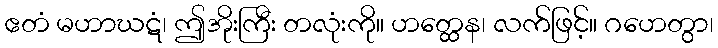
ဧတံ မဟာဃဋံ၊ ဤအိုးကြီး တလုံးကို။ ဟတ္ထေန၊ လက်ဖြင့်။ ဂဟေတွာ၊